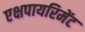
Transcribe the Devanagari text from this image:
एक्षपायरिमेंट